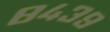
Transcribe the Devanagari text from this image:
८४३९